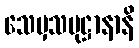
သေမှသမုဋ္ဌာနာနိ